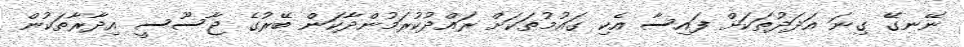
ނޭނގޭ ގިނަ އަދަދުތަކަށް ފައިސާ އެކި ގައުމުތަކަށް ރައްދުކުރަމުންދާކަން ބޭރުގެ ޖާސޫސީ އިދާރާތަކުން